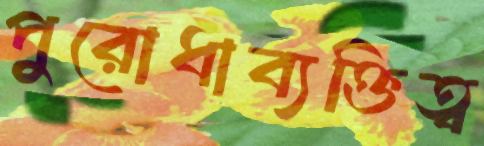
পুরোধাব্যক্তিত্ব